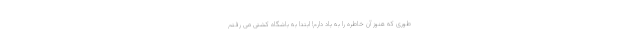
طوری که هنوز آن خاطره را به یاد دارم! ابتدا به باشگاه کشتی می رفتم